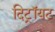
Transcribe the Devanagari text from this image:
दिट्रॉयट